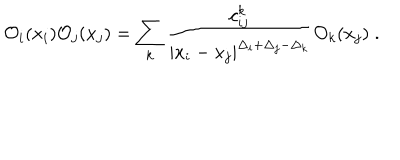
{ \cal O } _ { i } ( x _ { i } ) { \cal O } _ { j } ( x _ { j } ) = \sum _ { k } { \frac { c _ { i j } ^ { k } } { | x _ { i } - x _ { j } | ^ { \Delta _ { i } + \Delta _ { j } - \Delta _ { k } } } } { \cal O } _ { k } ( x _ { j } ) \; .